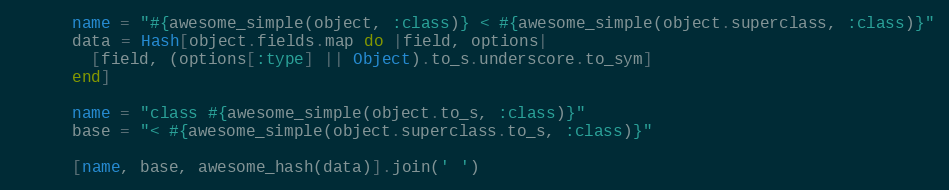
Language: Ruby
      name = "#{awesome_simple(object, :class)} < #{awesome_simple(object.superclass, :class)}"
      data = Hash[object.fields.map do |field, options|
        [field, (options[:type] || Object).to_s.underscore.to_sym]
      end]

      name = "class #{awesome_simple(object.to_s, :class)}"
      base = "< #{awesome_simple(object.superclass.to_s, :class)}"

      [name, base, awesome_hash(data)].join(' ')